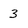
Character: 3